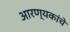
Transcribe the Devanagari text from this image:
आरण्यकांचे